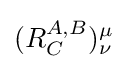
(R_{C}^{A,B})_{\nu }^{\mu }